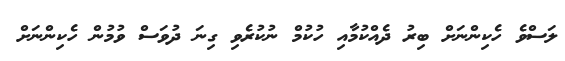
ލަސްވެ ހެކިންނަށް ބިރު ދެއްކުމާއި ހުކުމް ނުކުރެވި ގިނަ ދުވަސް ވުމުން ހެކިންނަށް